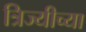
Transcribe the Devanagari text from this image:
त्रिज्यीच्या